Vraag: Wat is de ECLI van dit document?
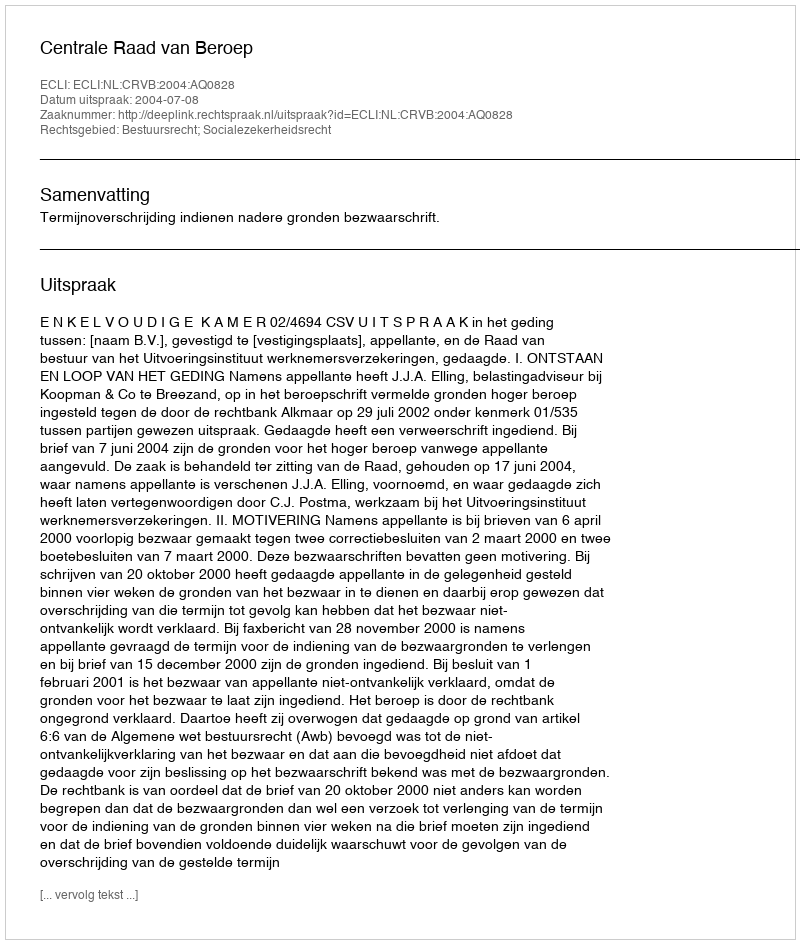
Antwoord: ECLI:NL:CRVB:2004:AQ0828